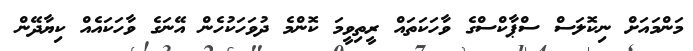
މަންމައަށް ނިކޮލަސް ސްޕާކްސްގެ ވާހަކަތައް ރީތިވީމަ ކޮންމެ ދުވަހަކުހެން އޭނަގެ ވާހަކައެއް ކިޔާދޭން